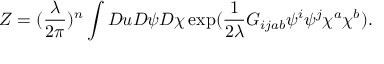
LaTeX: Z = ( \frac { \lambda } { 2 \pi } ) ^ { n } \displaystyle \int { \cal D } u { \cal D } \psi { \cal D } \chi \exp ( \frac { 1 } { 2 \lambda } G _ { i j a b } \psi ^ { i } \psi ^ { j } \chi ^ { a } \chi ^ { b } ) .